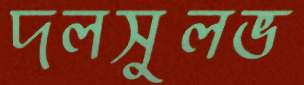
দলসুলভ